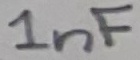
Text: 1nF